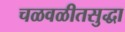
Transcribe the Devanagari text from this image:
चळवळीतसुद्धा